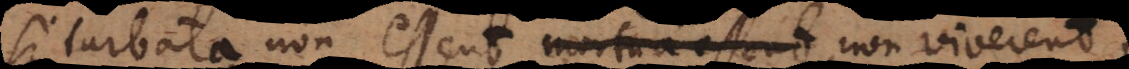
si turbata non essent, mortua essent, non viverent,